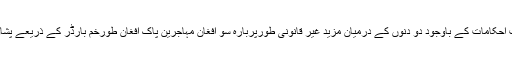
صوبائی حکومت کے سخت احکامات کے باوجود دو دنوں کے درمیان مزید غیر قانونی طورپربارہ سو افغان مہاجرین پاک افغان طورخم بارڈر کے ذریعے پشاور میں داخل ہو چکے ہیں ۔